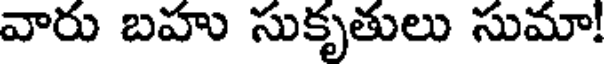
వారు బహు సుకృతులు సుమా!